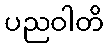
ပညဝါတိ